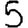
Digit: 5